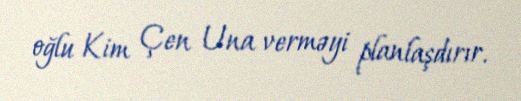
oğlu Kim Çen Una verməyi planlaşdırır.